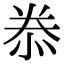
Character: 𭜮